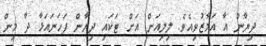
ދިޔާން އާ އަމާޒުވިއެވެ. ލިލިއަން އަށް ޓަކައި ދިޔާން ފަހަނައަޅާ ދާ މިން